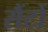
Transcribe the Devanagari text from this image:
सैंटों